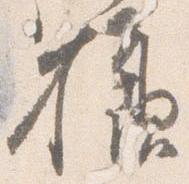
様